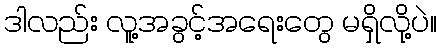
ဒါလည်း လူ့အခွင့်အရေးတွေ မရှိလို့ပဲ။